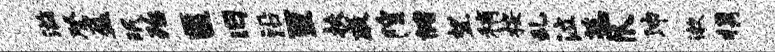
滋登盈珉殆匿旧沿亘扶戚隍储望稍按乱泣蕊爪沛漱携